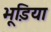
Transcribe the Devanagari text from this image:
भूडि़या